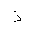
Letter: _thal